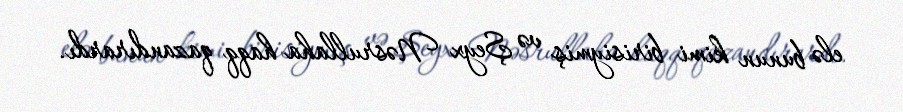
elə bunun kimi birisiymiş və Şeyx Nəsrullaha haqq qazandırardı.